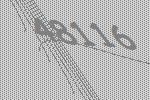
48116